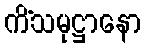
ကိံသမုဋ္ဌာနော